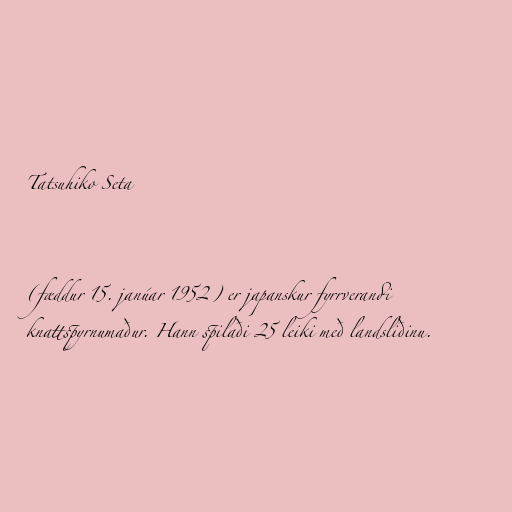
Tatsuhiko Seta

(fæddur 15. janúar 1952) er japanskur fyrrverandi
knattspyrnumaður. Hann spilaði 25 leiki með landsliðinu.